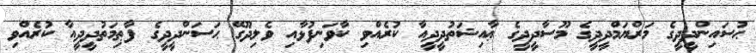
ޙުސައިންދީދީގެ މަރްޔަމްދީދީގެ މޫސާދީދީގެ ޢާއިޝަތުދީދީއާ ކުރެއްވި ކާވަނިފުޅާއި ވެލިދޫގޭ ޙަސަންދީދީގެ ފާޠިމަތުދީދީއާ ކުރެއްވި